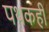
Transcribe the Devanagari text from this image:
पथकही